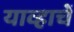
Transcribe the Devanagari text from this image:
याव्हाचें